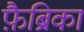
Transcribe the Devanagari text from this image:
फ़ैब्रिका